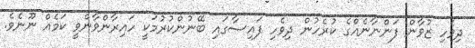
ދިވެހި ޒުވާން ފަންނާނެއްގެ ކުރެހުން ދިވެހި ފައިސާގައި ބޭނުންކުރުމަކީ ހައިރާންވާންވީ ކަމެއް ނޫނެވެ.